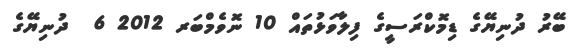
ބޭރު ދުނިޔޭގެ ޑިމޮކްރަސީގެ ފިލާވަޅުތައް 10 ނޮވެމްބަރ 2012 6  ދުނިޔޭގެ